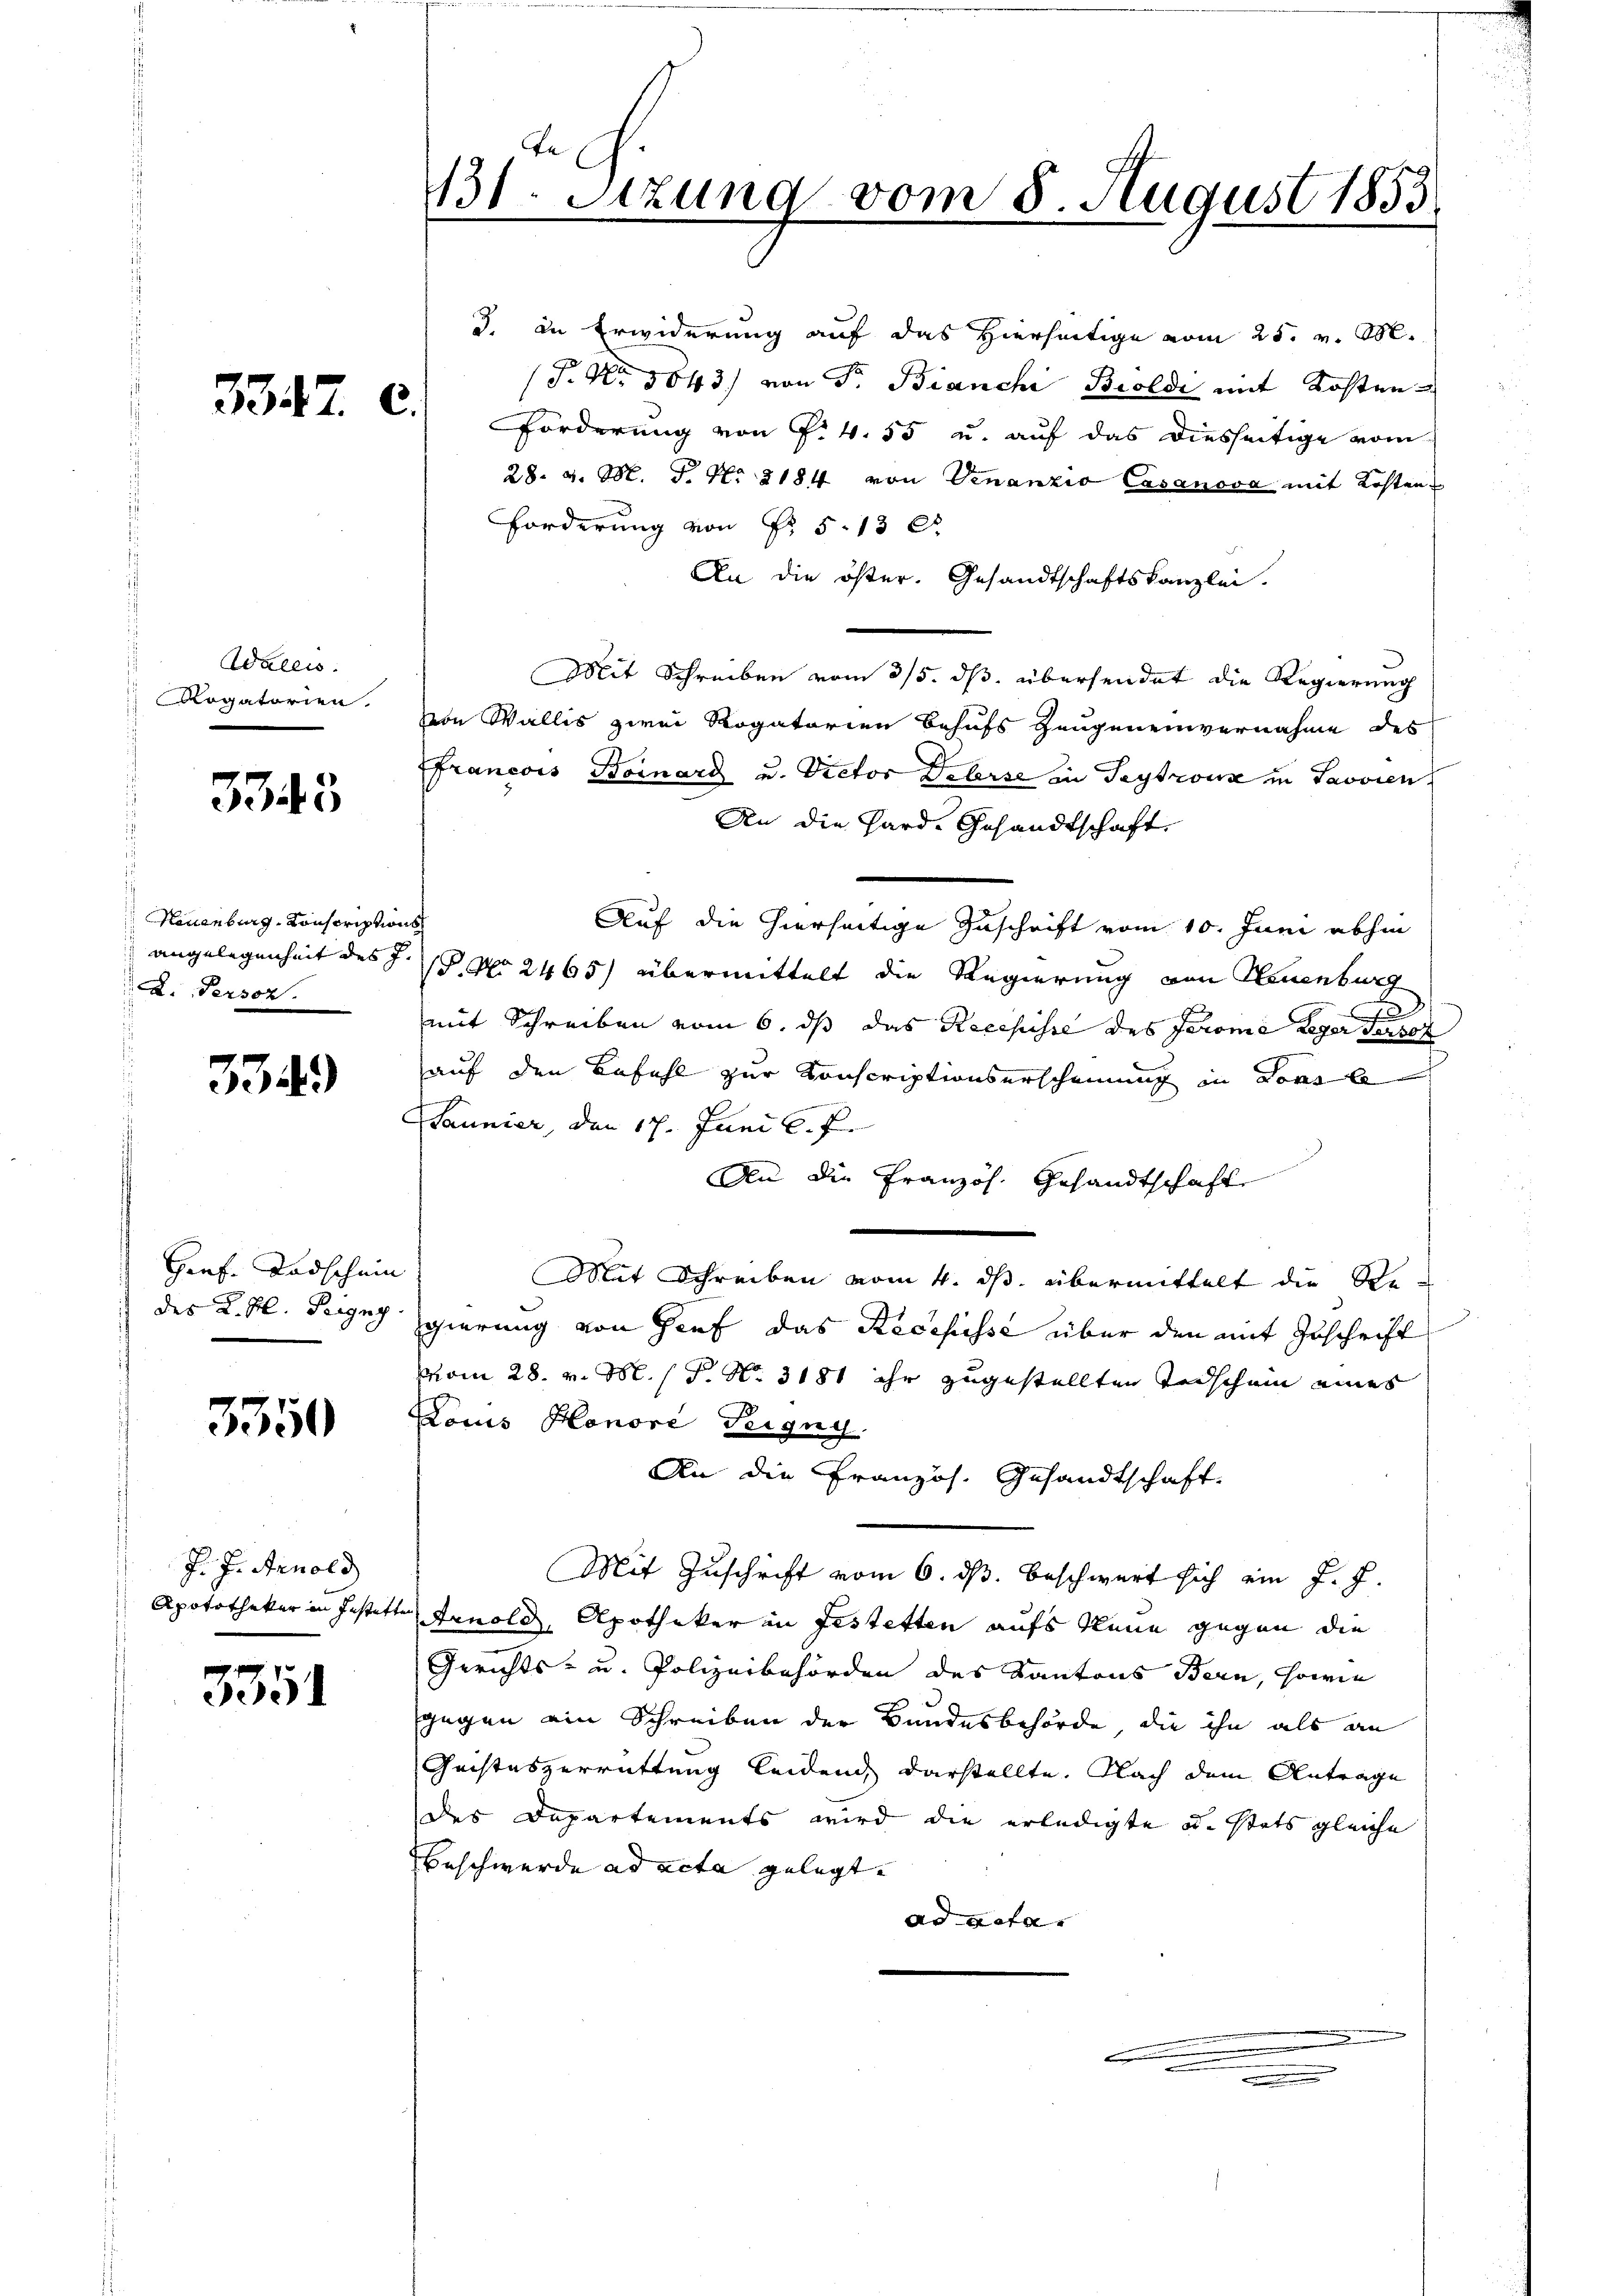
3347. c.

Wallis.
 Rogatorien.

3343

Neuenburg, Conscriptions
L. Person.

3349

Gref. Todschein
 des K. Frl. Pergny.

3350

J. J. Arnold
Apototheker in festatte

3351

131. Sitzung vom 8. August 1853.

|

J. in Erwiderung auf das Hierseitige vom 25. v. M.
(P. Nr. 5043) von Fr. Bianche Bioldi mit Kosten¬
Forderung von P. 4. 55 u. auf das diesseitige vom
28. v. M. T. No 2184 von Venanzio Casanova mit Kosten
Forderung von Fr. 5. 13
An die öster. Gesandtschaftskanzlei.
Mit Schreiben vom 3/5. ds. übersendet die Regierung
von Wallis zwei Rogatorien Behufs Zeugeneinvernahme des
Francois Bornard u. Victor Delerse in Teytzow in Savvien.
An die Hard Gesandtschaft
Auf die hierseitige Zuschrift vom 10. Juni abhin
angelegenheit des §. 1. No 2465) übermittelt die Regierung von Neuenburg
mit Schreiben vom 6. ds das Recepisse des Jerome Leger die
auf den Befehl zur Konscriptionserscheinung in Tons b
Launier, den 17. Juni l. J.
An die Französ. Gesandtschaft
Mit Schreiben vom 4. ds. übermittelt die Regierung von Zief das Recepisse über den mit Zuschrift
vom 28. v. M. s P. Nr. 3181 ihr zugestellten Todschein eines
Louis Honore Teigg
An die Französ. Gesandtschaft.
Mit Zuschrift vom 6. ds. beschwert sich ein J. J.
 Arnold, Apotheker in Festetten aufs Neue gegen die
Gerichts- u. Polizeibehörden des Kantons Bern, sowie
gegen ein Schreiben der Bundesbehörde, die ihn als an
Geisteszerrüttung leidend darstellte. Nach dem Antrage
des Departements wird die erledigte u. stets gleiche
Beschwerde ad acta gelegt.
ad geta